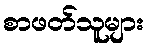
စာဖတ်သူများ